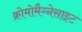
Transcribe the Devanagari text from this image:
क्रोमोमैग्‍नेसाइट